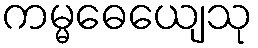
ကမ္မဓေယျေသု